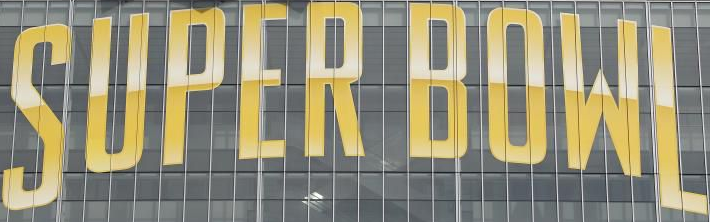
SUPER BOWL